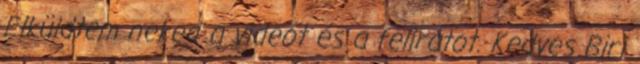
Elküldtem neked a videót és a feliratot. Kedves Biri